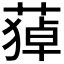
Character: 𦹫